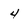
Character: 4